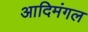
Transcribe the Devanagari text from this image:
आदिमंगल